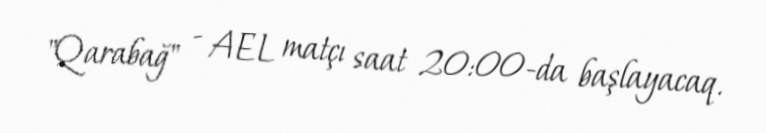
"Qarabağ" - AEL matçı saat 20:00-da başlayacaq.